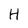
Character: H